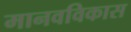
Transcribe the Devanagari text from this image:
मानवविकास